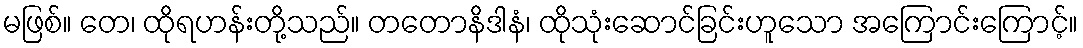
မဖြစ်။ တေ၊ ထိုရဟန်းတို့သည်။ တတောနိဒါနံ၊ ထိုသုံးဆောင်ခြင်းဟူသော အကြောင်းကြောင့်။